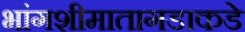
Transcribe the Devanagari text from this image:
भांगशीमातागडाकडे